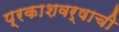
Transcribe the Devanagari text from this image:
प्रकाशवर्षाची